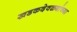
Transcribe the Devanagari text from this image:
खडकदेवळ्यांच्या